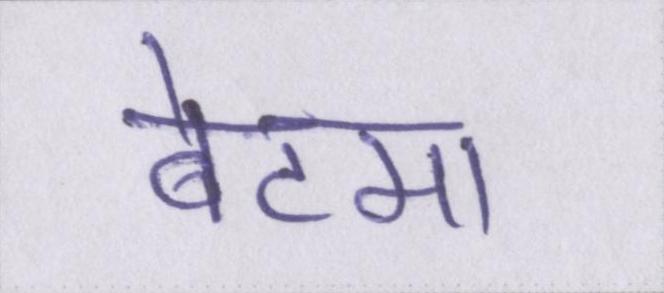
बेटमा